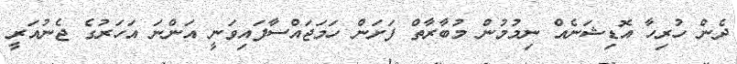
ދެން ހުރިހާ އޮޑިޝަނެއް ނިމުމުން މުބާރާތް ފަށަން ހަމަޖައްސާފައިވަނީ އަންނަ އަހަރުގެ ޖެނުއަރީ